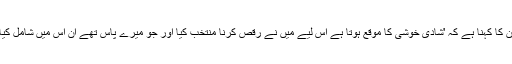
ان کا کہنا ہے کہ 'شادی خوشی کا موقع ہوتا ہے اس لیے میں نے رقص کرنا منتخب کیا اور جو میرے پاس تھے ان اس میں شامل کیا۔